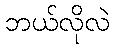
ဘယ်လိုလဲ